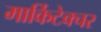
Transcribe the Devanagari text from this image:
मार्किटेक्चर